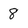
Character: 8